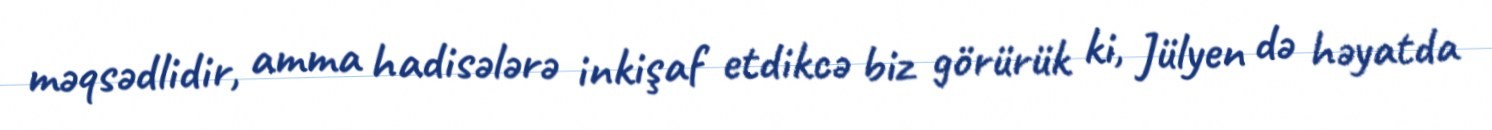
məqsədlidir, amma hadisələrə inkişaf etdikcə biz görürük ki, Jülyen də həyatda